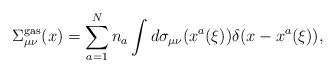
LaTeX: \begin{align*}\Sigma_{\mu\nu}^{\rm gas}(x)=\sum\limits_{a=1}^{N}n_a\int d\sigma_{\mu\nu}(x^a(\xi))\delta(x-x^a(\xi)),\end{align*}